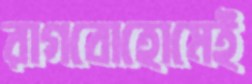
রাগবোহোমেই